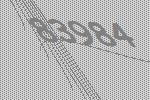
83984